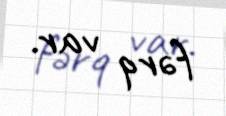
fərq var.